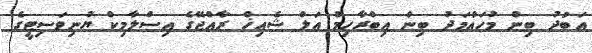
އަބުދު ބިން މުހައްމަދު ބިން އިބްރާހިމް އަލް ޝެއިޚް ރާއްޖޭގެ އިސްލާމިކް ޔުނިވަސިޓީގެ